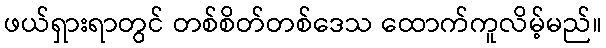
ဖယ်ရှားရာတွင် တစ်စိတ်တစ်ဒေသ ထောက်ကူလိမ့်မည်။